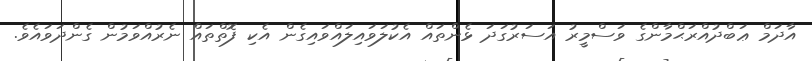
އާދަމް ޢަބްދުއްރަޙްމާންގެ ވަސްމީރު އަސަރުގަދަ ޅެންތައް އެކުލަވައިލައްވައިގެން އެކި ފޮތްތައް ނެރުއްވަމުން ގެންދަވައެވެ.